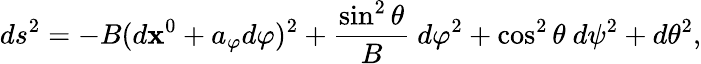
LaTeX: ds^{2}=-B(d\mathbf{x}^{0}+a_{\varphi}d\varphi)^{2}+{\frac{{\sin^{2}\theta}}{{B}}}~d\varphi^{2}+\cos^{2}\theta~d\psi^{2}+d\theta^{2},